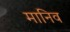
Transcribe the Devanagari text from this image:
मानिव